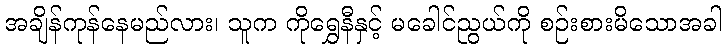
အချိန်ကုန်နေမည်လား၊ သူက ကိုရွှေနီနှင့် မခေါင်ညွယ်ကို စဉ်းစားမိသောအခါ